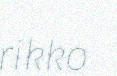
rikko